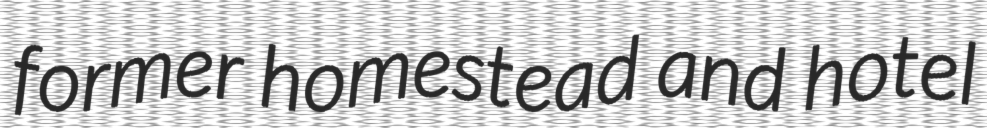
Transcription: former homestead and hotel